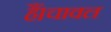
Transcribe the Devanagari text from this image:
हैं।चावल